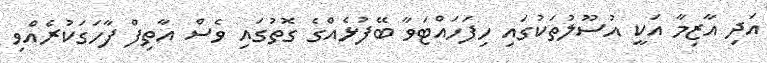
އަދި އާޒިމާ އަކީ އުސޫލުތަކުގައި ހިފަހައްޓަވާ ބޭފުޅެއްގެ ގޮތުގައި ވެސް އާތިފް ފާހަގަކުރެއްވި